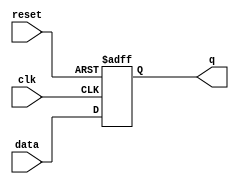
module dff(
data  , // Data Input
q,
clk    , // Clock Input
reset  // Reset input 
     // Q output
);
//-----------Input Ports---------------
input data, clk, reset ; 

//-----------Output Ports---------------
output q;

//------------Internal Variables--------
reg q;

//-------------Code Starts Here---------
always @ ( posedge clk or posedge reset)
if (reset) begin
  q <= 1'b0;
end  else begin
  q <= data;
end

endmodule